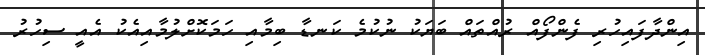
އިންދާފައިހުރި ފެންފޯއް ރުއްތައް ބަޔަކު ނުކުމެ ކަނޑާ ބިމާއި ހަމަކޮށްލުމާއިއެކު އެއީ ސިހުރު